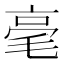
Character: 毫